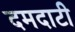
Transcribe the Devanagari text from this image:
दमदाटी